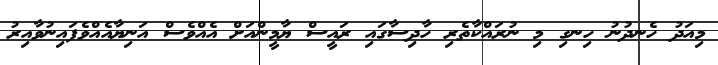
މިއަދު ހެނދުނު ހިނގި މި ނުރައްކާތެރި ހާދިސާގައި ރައީސް ޔާމީންއަށް އެއްވެސް އަނިޔާއެއްވެފައިނުވާއިރު